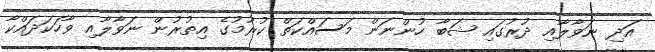
އަދި ނަވާލާއި ދުރުގައި ޝަބާ ހުންނަން މަސައްކަތް ކުރުމުގެ އިތުރުން ނަވާލާއި ވާހަކަދައްކާ